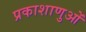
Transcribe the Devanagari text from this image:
प्रकाशाणुओं